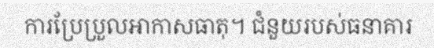
ការប្រែប្រួលអាកាសធាតុ។ ជំនួយរបស់ធនាគារ